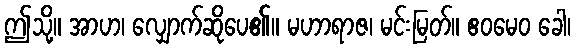
ဤသို့။ အာဟ၊ လျှောက်ဆိုပေ၏။ မဟာရာဇ၊ မင်းမြတ်။ ဧဝမေဝ ခေါ၊